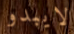
لايبدو